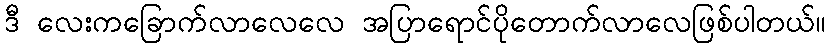
ဒီ လေးကခြောက်လာလေလေ အပြာရောင်ပိုတောက်လာလေဖြစ်ပါတယ်။